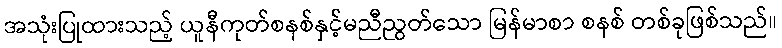
အသုံးပြုထားသည့် ယူနီကုတ်စနစ်နှင့်မညီညွတ်သော မြန်မာစာ စနစ် တစ်ခုဖြစ်သည်။